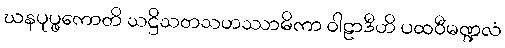
ဃနပုပ္ဖကောတိ သဋ္ဌိသတသဟဿာဓိကာ ဝါဠာဒီဟိ ပထဝီမဏ္ဍလံ